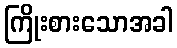
ကြိုးစားသောအခါ